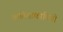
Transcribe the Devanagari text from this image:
कविताकामिनी